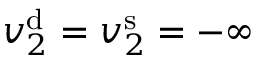
v _ { 2 } ^ { \mathrm { d } } = v _ { 2 } ^ { \mathrm { s } } = - \infty